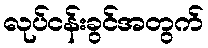
လုပ်ငန်းခွင်အတွက်